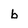
Character: b